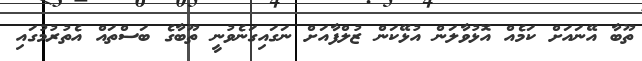
ތޫބާ އޭނައަށް ކަމެއް އޮޅުވާލަން އުޅޭކަން ޒުލްފާއަށް ނަގައިގަނެވުނީ ތޫބާގެ ބަސްތައް އެތުރުމުގައި